Annual administration report of the Civil Veterinary Department of India - 1903-1904
Year: 1903
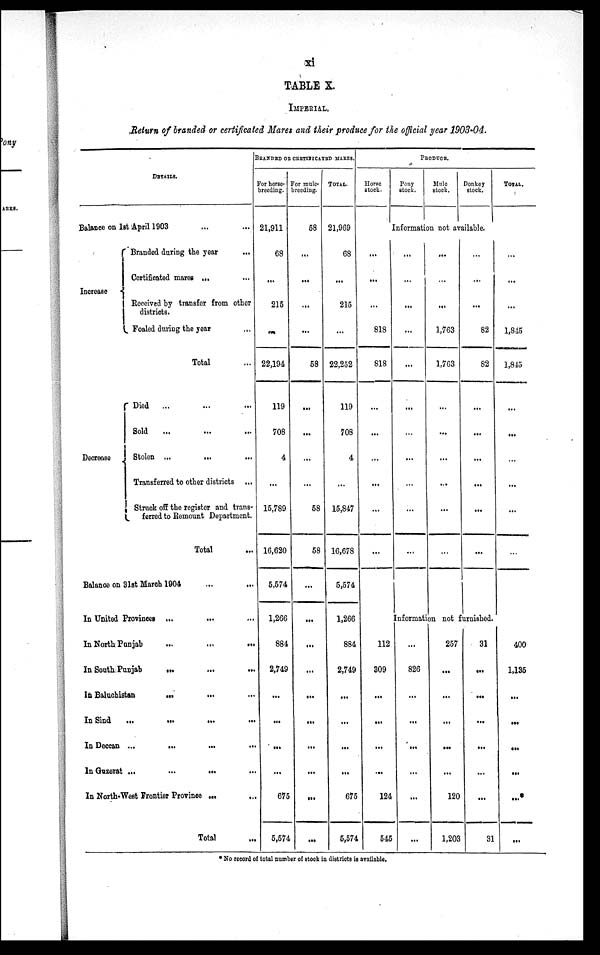
xi
TABLE X.
IMPERIAL.
Return of branded or certificated Mares and their produce for the official year 1903-04.
DETAILS.
Balance on 1st April 1903 ... ...
Increase
Branded during the year ...
Certificated mares ... ...
Received by transfer from other
districts.
Foaled during the year ...
Total …
Decrease
Died
... ... ...
Sold
... … …
Stolen ...
...
...
Transferred to other districts ...
Struck off the register and trans-
ferred to Remount Department.
Total …
Balance on 31st March 1904 ... ...
In United Provinces ... ... ...
In North Punjab
...
...
...
In South Punjab
...
...
...
In Baluchistan
...
...
...
In Sind
...
...
...
...
In Deccan
...
...
...
...
In Guzerat
...
...
...
...
In North-West frontier Province ...
...
Total ...
BRANDED OR CERTIFICATED MARES.
For horse¬
breeding.
21,911
68
...
215
...
22,194
119
708
4
...
15,789
16,620
5,574
1,266
884
2,749
...
...
...
...
675
5,574
For mule¬
breeding.
58
...
...
...
...
58
...
...
...
...
58
58
...
...
...
...
...
...
...
...
...
...
TOTAL.
21,969
68
...
215
...
22,252
119
708
4
...
15,847
16,678
5,574
1,266
884
2,749
...
...
...
...
675
5,574
PRODUCE.
Horse
stock.
Pony
stock.
Mule
stock.
Donkey
stock.
TOTAL.
Information not available.
...
...
...
818
818
...
...
...
...
...
...
...
...
...
...
...
...
...
...
...
...
...
...
...
...
1,763
1,763
...
...
...
...
...
...
...
...
...
82
82
...
...
...
...
...
...
...
...
...
1,845
1,845
...
...
...
...
...
...
Information not furnished.
112
309
...
...
...
...
124
545
...
826
...
...
...
...
...
...
257
...
...
...
...
...
120
1,203
31
...
...
...
...
...
...
31
400
1,135
...
...
...
...
...
...
* No record of total number of stock in districts is available.